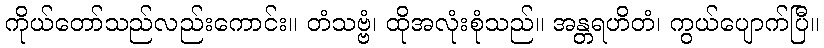
ကိုယ်တော်သည်လည်းကောင်း။ တံသဗ္ဗံ၊ ထိုအလုံးစုံသည်။ အန္တရဟိတံ၊ ကွယ်ပျောက်ပြီ။